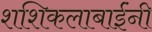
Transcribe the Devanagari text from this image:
शशिकलाबाईंनी